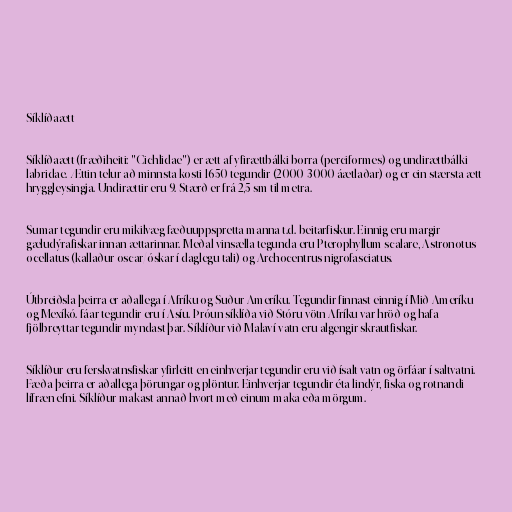
Síklíðaætt

Síklíðaætt (fræðiheiti: "Cichlidae") er ætt af yfirættbálki borra (perciformes) og undirættbálki
labridae. Ættin telur að minnsta kosti 1650 tegundir (2000-3000 áætlaðar) og er ein stærsta ætt
hryggleysingja. Undirættir eru 9. Stærð er frá 2,5 sm til metra.

Sumar tegundir eru mikilvæg fæðuuppspretta manna t.d. beitarfiskur. Einnig eru margir
gæludýrafiskar innan ættarinnar. Meðal vinsælla tegunda eru Pterophyllum scalare, Astronotus
ocellatus (kallaður oscar/óskar í daglegu tali) og Archocentrus nigrofasciatus.

Útbreiðsla þeirra er aðallega í Afríku og Suður-Ameríku. Tegundir finnast einnig í Mið-Ameríku
og Mexíkó. fáar tegundir eru í Asíu. Þróun síklíða við Stóru vötn Afríku var hröð og hafa
fjölbreyttar tegundir myndast þar. Síklíður við Malaví-vatn eru algengir skrautfiskar.

Síklíður eru ferskvatnsfiskar yfirleitt en einhverjar tegundir eru við ísalt vatn og örfáar í saltvatni.
Fæða þeirra er aðallega þörungar og plöntur. Einhverjar tegundir éta lindýr, fiska og rotnandi
lífræn efni. Síklíður makast annað hvort með einum maka eða mörgum.